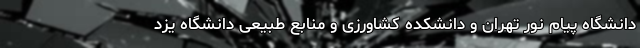
دانشگاه پیام نور تهران و دانشکده کشاورزی و منابع طبیعی دانشگاه یزد